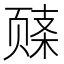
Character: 𬱧